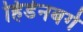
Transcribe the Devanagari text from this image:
हिडेनबर्ग